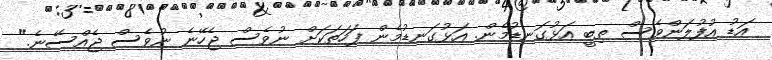
އަޑު އުފުލަންވެސް ތިބީ އަޅުގަނޑުމެން. އަޅުގަނޑުމެން ފަހަތަކަށް ނުވެސް ޖެހޭނެ ނުވެސް ޖެއްސޭނެ."